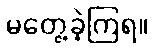
မတွေ့ခဲ့ကြရ။